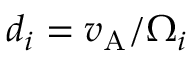
d _ { i } = v _ { \mathrm { A } } / \Omega _ { i }